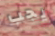
يجب